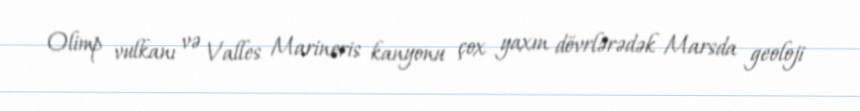
Olimp vulkanı və Valles Marineris kanyonu çox yaxın dövrlərədək Marsda geoloji